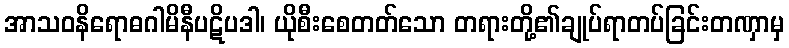
အာသဝနိရောဓဂါမိနီပဋိပဒါ၊ ယိုစီးစေတတ်သော တရားတို့၏ချုပ်ရာတပ်ခြင်းတဏှာမှ